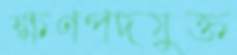
ক্ষণপদযুক্ত